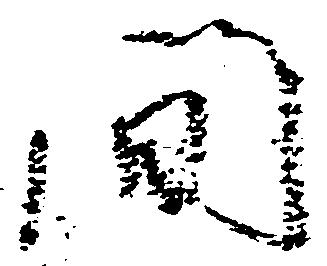
間